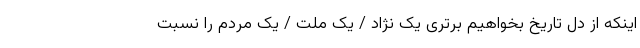
اینکه از دل تاریخ بخواهیم برتری یک نژاد / یک ملت / یک مردم را نسبت